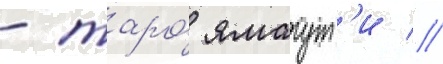
- таро́ ямагут'и //